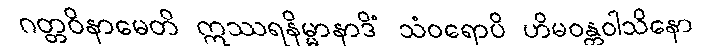
ဂတ္တဝိနာမေတိ ဣဿရနိမ္မာနာဒိံ သံဝရောပိ ဟိမဝန္တဝါသိနော